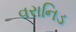
વરાનિડ